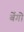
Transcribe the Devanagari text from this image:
बेंगो